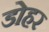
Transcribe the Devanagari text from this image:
डोहर